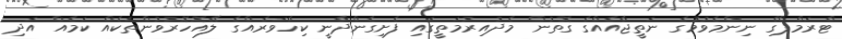
ޓްރަމްޕްގެ ނިންމެވުމުގެ ނަތީޖާއެއްގެ ގޮތުން މެދުއިރުމަތީގައި ފެށިގެންދާނީ ކިހާވަރެއްގެ ލޭއޮހޮރުވުންތަކެއް ކަމެއް އަދި